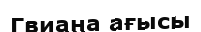
Гвиана ағысы